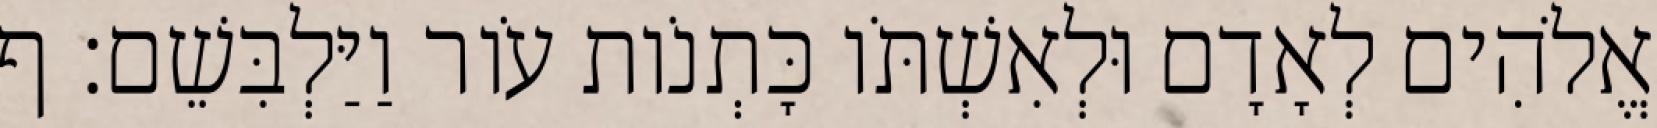
אֱלֹהִים לְאָדָם וּלְאִשְׁתֹּו כָּתְנֹות עֹור וַיַּלְבִּשֵׁם׃ ף